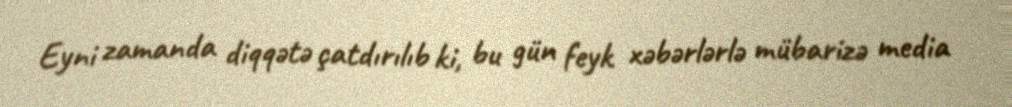
Eyni zamanda diqqətə çatdırılıb ki, bu gün feyk xəbərlərlə mübarizə media